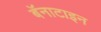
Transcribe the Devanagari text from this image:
बॅनाटाइन